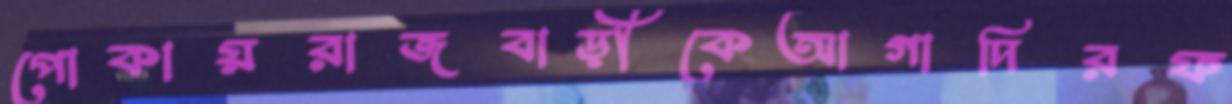
পোকায়রাজবাড়ীকেআগাদিরফ